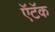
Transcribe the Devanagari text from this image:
ऍटॅक